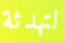
لتهدئة